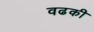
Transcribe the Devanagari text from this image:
वढकी